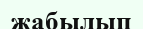
жабылып